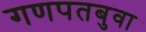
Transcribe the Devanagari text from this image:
गणपतबुवा